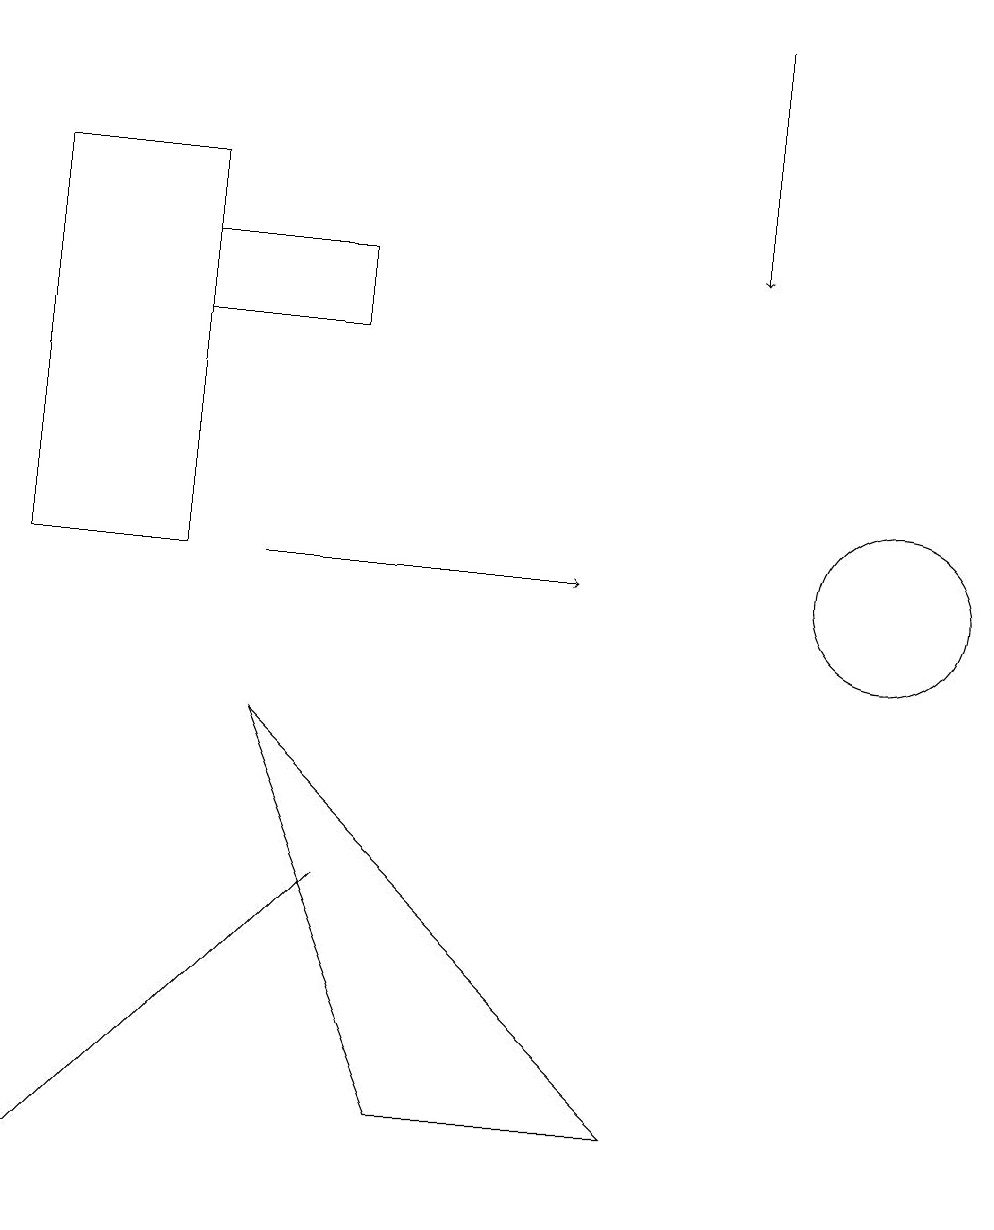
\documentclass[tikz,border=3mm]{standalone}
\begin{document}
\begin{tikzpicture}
\draw (4,13) rectangle (2,14);
\draw (0,15) rectangle (2,10);
\draw[->] (9,17) -- (9,14);
\draw[->] (3,10) -- (7,10);
\draw (11,10) circle (1);
\draw (3,8) -- (5,3) -- (8,3) -- cycle;
\draw (0,2) -- (4,6) -- (3,5) -- cycle;
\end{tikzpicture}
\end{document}